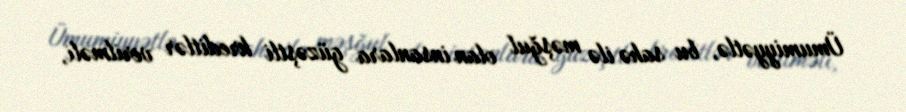
Ümumiyyətlə, bu sahə ilə məşğul olan insanlara güzəştli kreditlər verilməli,